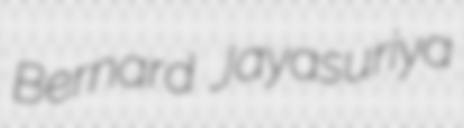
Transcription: Bernard Jayasuriya